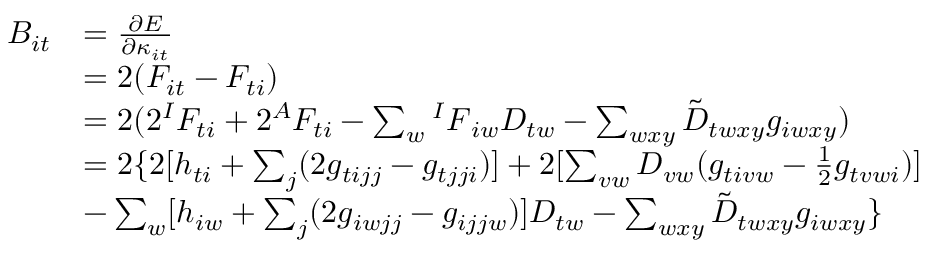
\begin{array} { r l } { B _ { i t } } & { = \frac { \partial E } { \partial \kappa _ { i t } } } \\ & { = 2 ( F _ { i t } - F _ { t i } ) } \\ & { = 2 ( 2 ^ { I } F _ { t i } + 2 ^ { A } F _ { t i } - \sum _ { w } { ^ { I } F } _ { i w } D _ { t w } - \sum _ { w x y } \tilde { D } _ { t w x y } g _ { i w x y } ) } \\ & { = 2 \{ 2 [ h _ { t i } + \sum _ { j } ( 2 g _ { t i j j } - g _ { t j j i } ) ] + 2 [ \sum _ { v w } D _ { v w } ( g _ { t i v w } - \frac { 1 } { 2 } g _ { t v w i } ) ] } \\ & { - \sum _ { w } [ h _ { i w } + \sum _ { j } ( 2 g _ { i w j j } - g _ { i j j w } ) ] D _ { t w } - \sum _ { w x y } \tilde { D } _ { t w x y } g _ { i w x y } \} } \end{array}